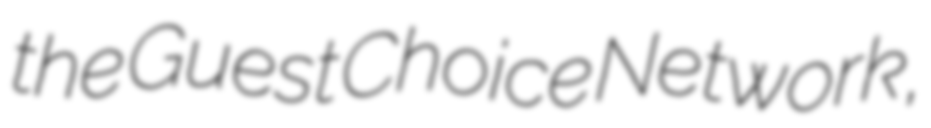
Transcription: the Guest Choice Network,